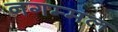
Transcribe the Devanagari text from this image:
नगम्मल